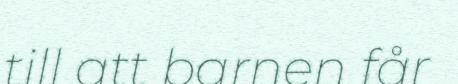
till att barnen får